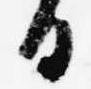
日